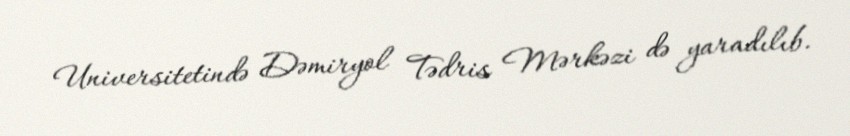
Universitetində Dəmiryol Tədris Mərkəzi də yaradılıb.